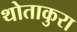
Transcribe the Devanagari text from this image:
थोताकुरा